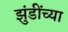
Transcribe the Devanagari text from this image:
झुंडींच्या